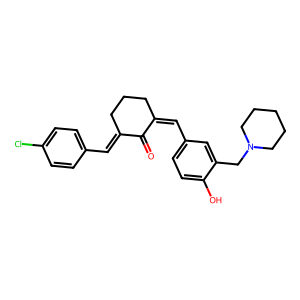
SMILES: O=C1C(=Cc2ccc(Cl)cc2)CCCC1=Cc1ccc(O)c(CN2CCCCC2)c1
Inhibits HIV replication: No